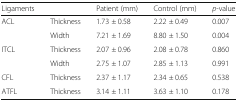
<table><thead><tr><td><b>Ligaments</b></td><td>[EMPTY_CELL]</td><td><b>Patient (mm)</b></td><td><b>Control (mm)</b></td><td><b><i>p</i>-value</b></td></tr></thead><tbody><tr><td rowspan="2">ACL</td><td>Thickness</td><td>1.73 ± 0.58</td><td>2.22 ± 0.49</td><td>0.007</td></tr><tr><td>Width</td><td>7.21 ± 1.69</td><td>8.80 ± 1.50</td><td>0.004</td></tr><tr><td rowspan="2">ITCL</td><td>Thickness</td><td>2.07 ± 0.96</td><td>2.08 ± 0.78</td><td>0.860</td></tr><tr><td>Width</td><td>2.75 ± 1.07</td><td>2.85 ± 1.13</td><td>0.991</td></tr><tr><td>CFL</td><td>Thickness</td><td>2.37 ± 1.17</td><td>2.34 ± 0.65</td><td>0.538</td></tr><tr><td>ATFL</td><td>Thickness</td><td>3.14 ± 1.11</td><td>3.63 ± 1.10</td><td>0.178</td></tr></tbody></table>